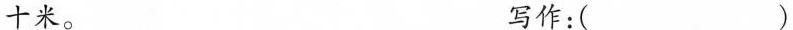
\underline{十}米。 写作：( )